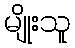
မျိုးသူ